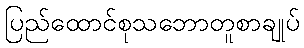
ပြည်ထောင်စုသဘောတူစာချုပ်